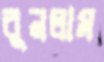
বুনলাম